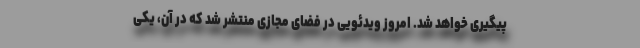
پیگیری خواهد شد. امروز ویدئویی در فضای مجازی منتشر شد که در آن، یکی